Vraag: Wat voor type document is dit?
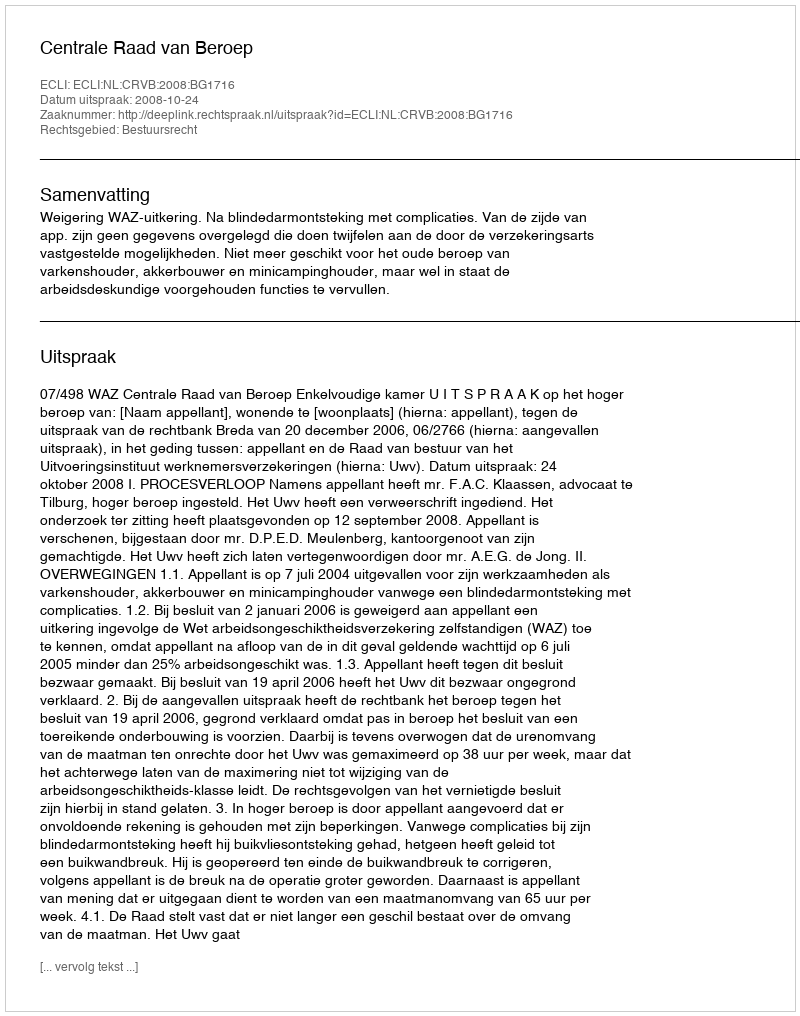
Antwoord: Uitspraak